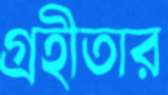
গ্রহীতার